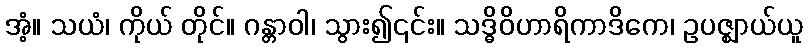
အံ့။ သယံ၊ ကိုယ် တိုင်။ ဂန္တာဝါ၊ သွား၍၎င်း။ သဒ္ဓိဝိဟာရိကာဒိကေ၊ ဥပဇ္ဈာယ်ယူ